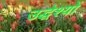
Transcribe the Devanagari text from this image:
उद्धेश्यों